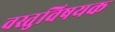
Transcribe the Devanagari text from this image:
वस्तुविषयक